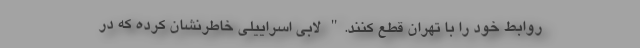
روابط خود را با تهران قطع کنند." لابی اسراییلی خاطرنشان کرده که در